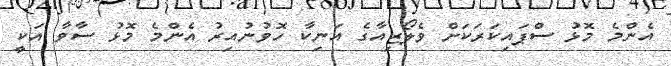
އެންމެ މޮޅު ސްޕައިކަރަކަށް ވެލޯޒިއާގެ އަނިކާ ހޮވުނުއިރު އެންމެ މޮޅު ސާވާ އަކީ